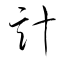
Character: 計